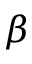
\beta